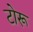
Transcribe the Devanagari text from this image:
टोरू